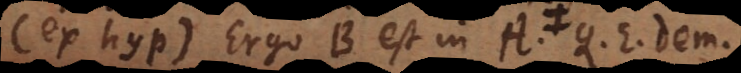
(ex. hyp.). Ergo B est in A. Q. E. Dem.